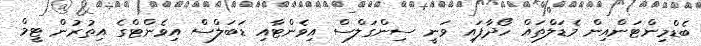
ބެޑްމިންޓަންއިން މެޑަލްތައް ހޯދާފައި ވަނީ ސިންގަލްސް އިވެންޓާއި ޑަބަލްސް އިވެންޓްގެ އިތުރުން ޓީމް